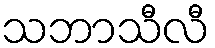
သဘာသီလီ